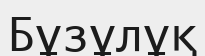
Бұзұлұқ